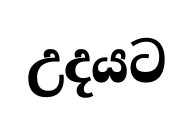
උදයට